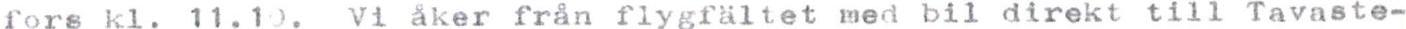
fors kl. 11.10. Vi åker från flygfältet med bil direkt till Tavaste-